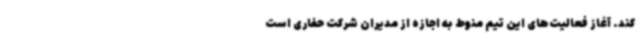
کند. آغاز فعالیت‌های این تیم منوط به اجازه از مدیران شرکت حفاری است